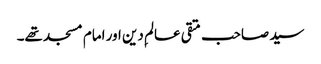
سید صاحب متقی عالمِ دین اور امام مسجد تھے۔